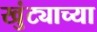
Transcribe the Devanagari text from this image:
खुंट्याच्या